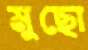
মুছো